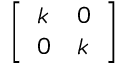
\left[ \begin{array} { l l } { k } & { 0 } \\ { 0 } & { k } \end{array} \right]